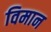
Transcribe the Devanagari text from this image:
विमान